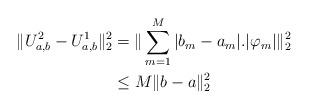
LaTeX: \begin{align*}\|U^{2}_{a,b} - U^{1}_{a,b}\|_{2}^{2}&=\| \sum_{m=1}^M |b_{m} - a_{m}|. |\varphi_{m}| \|_{2}^{2}\\&\leq M \|b-a\|_{2}^{2}\end{align*}